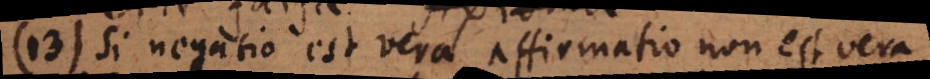
13) Si negatio est vera, affirmatio non est vera.